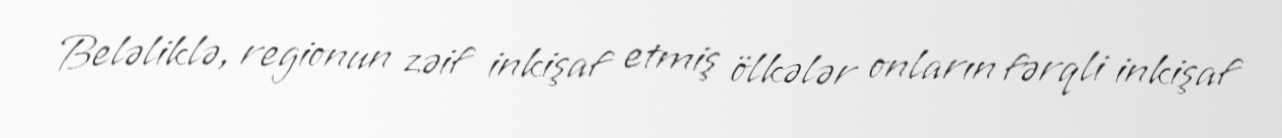
Beləliklə, regionun zəif inkişaf etmiş ölkələr onların fərqli inkişaf